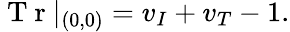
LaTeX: \mathrm{~T~r~}|_{(0,0)}=v_{I}+v_{T}-1.